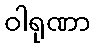
ဝါရုဏာ